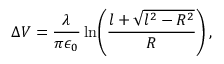
\Delta V = \frac { \lambda } { \pi \epsilon _ { 0 } } \ln \! \left( \frac { l + \sqrt { l ^ { 2 } - R ^ { 2 } } } { R } \right) ,